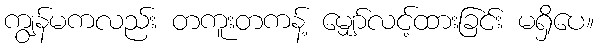
ကျွန်မကလည်း တကူးတကန့် မျှော်လင့်ထားခြင်း မရှိပေ။